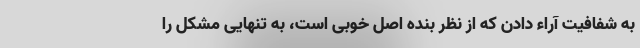
به شفافیت آراء دادن که از نظر بنده اصل خوبی است، به تنهایی مشکل را